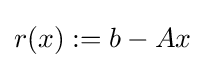
r(x):=b-Ax